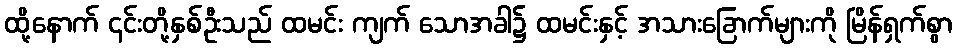
ထို့နောက် ၎င်းတို့နှစ်ဦးသည် ထမင်း ကျက် သောအခါ၌ ထမင်းနှင့် အသားခြောက်များကို မြိန်ရှက်စွာ